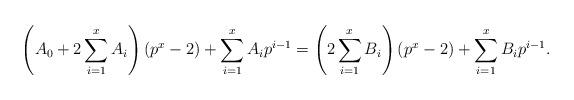
LaTeX: \begin{align*}\left(A_0 + 2 \sum_{i=1}^x A_i\right) (p^x-2) + \sum_{i=1}^x A_i p^{i-1} = \left(2 \sum_{i=1}^x B_i\right) (p^x-2) + \sum_{i=1}^x B_i p^{i-1}.\end{align*}